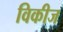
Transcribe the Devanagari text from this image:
विकीज